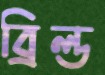
ব্রিল্ড